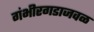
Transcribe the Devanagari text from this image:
गंभीरगडाजवळ